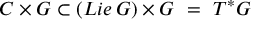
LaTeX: C \times G \subset ( L i e \, G ) \times G \ = \ T ^ { * } G